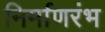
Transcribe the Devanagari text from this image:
निर्माणरंभ